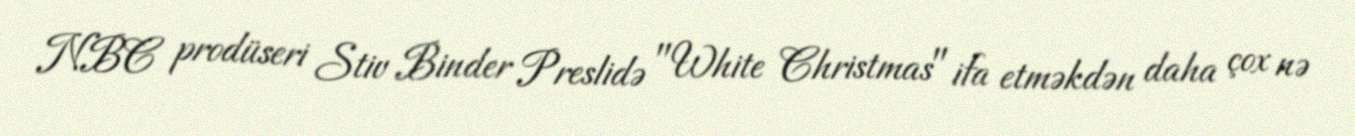
NBC prodüseri Stiv Binder Preslidə "White Christmas" ifa etməkdən daha çox nə